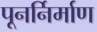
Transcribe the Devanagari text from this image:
पूनर्निर्माण